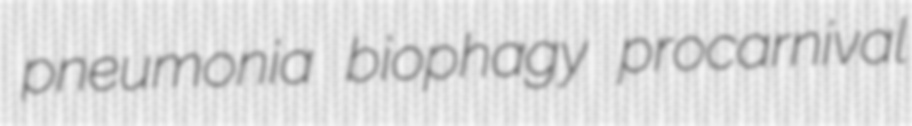
pneumonia biophagy procarnival